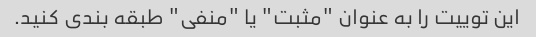
این توییت را به عنوان "مثبت" یا "منفی" طبقه بندی کنید.